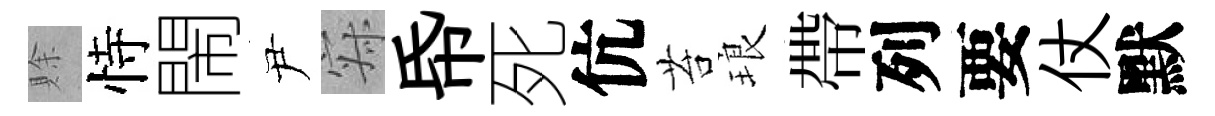
賖恃閙尹寂帋死伉苔琅帶列要仗默